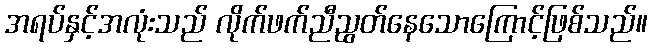
အရပ်နှင့်အလုံးသည် လိုက်ဖက်ညီညွတ်နေသောကြောင့်ဖြစ်သည်။